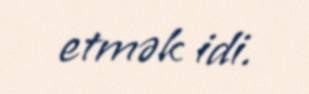
etmək idi.